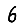
Digit: 6